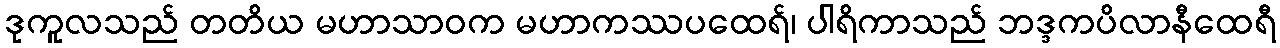
ဒုကူလသည် တတိယ မဟာသာဝက မဟာကဿပထေရ်၊ ပါရိကာသည် ဘဒ္ဒကပိလာနီထေရီ